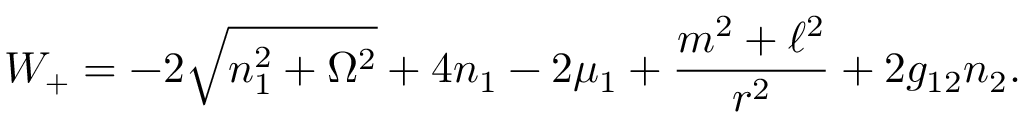
W _ { + } = - 2 \sqrt { n _ { 1 } ^ { 2 } + \Omega ^ { 2 } } + 4 n _ { 1 } - 2 \mu _ { 1 } + \frac { m ^ { 2 } + \ell ^ { 2 } } { r ^ { 2 } } + 2 g _ { 1 2 } n _ { 2 } .